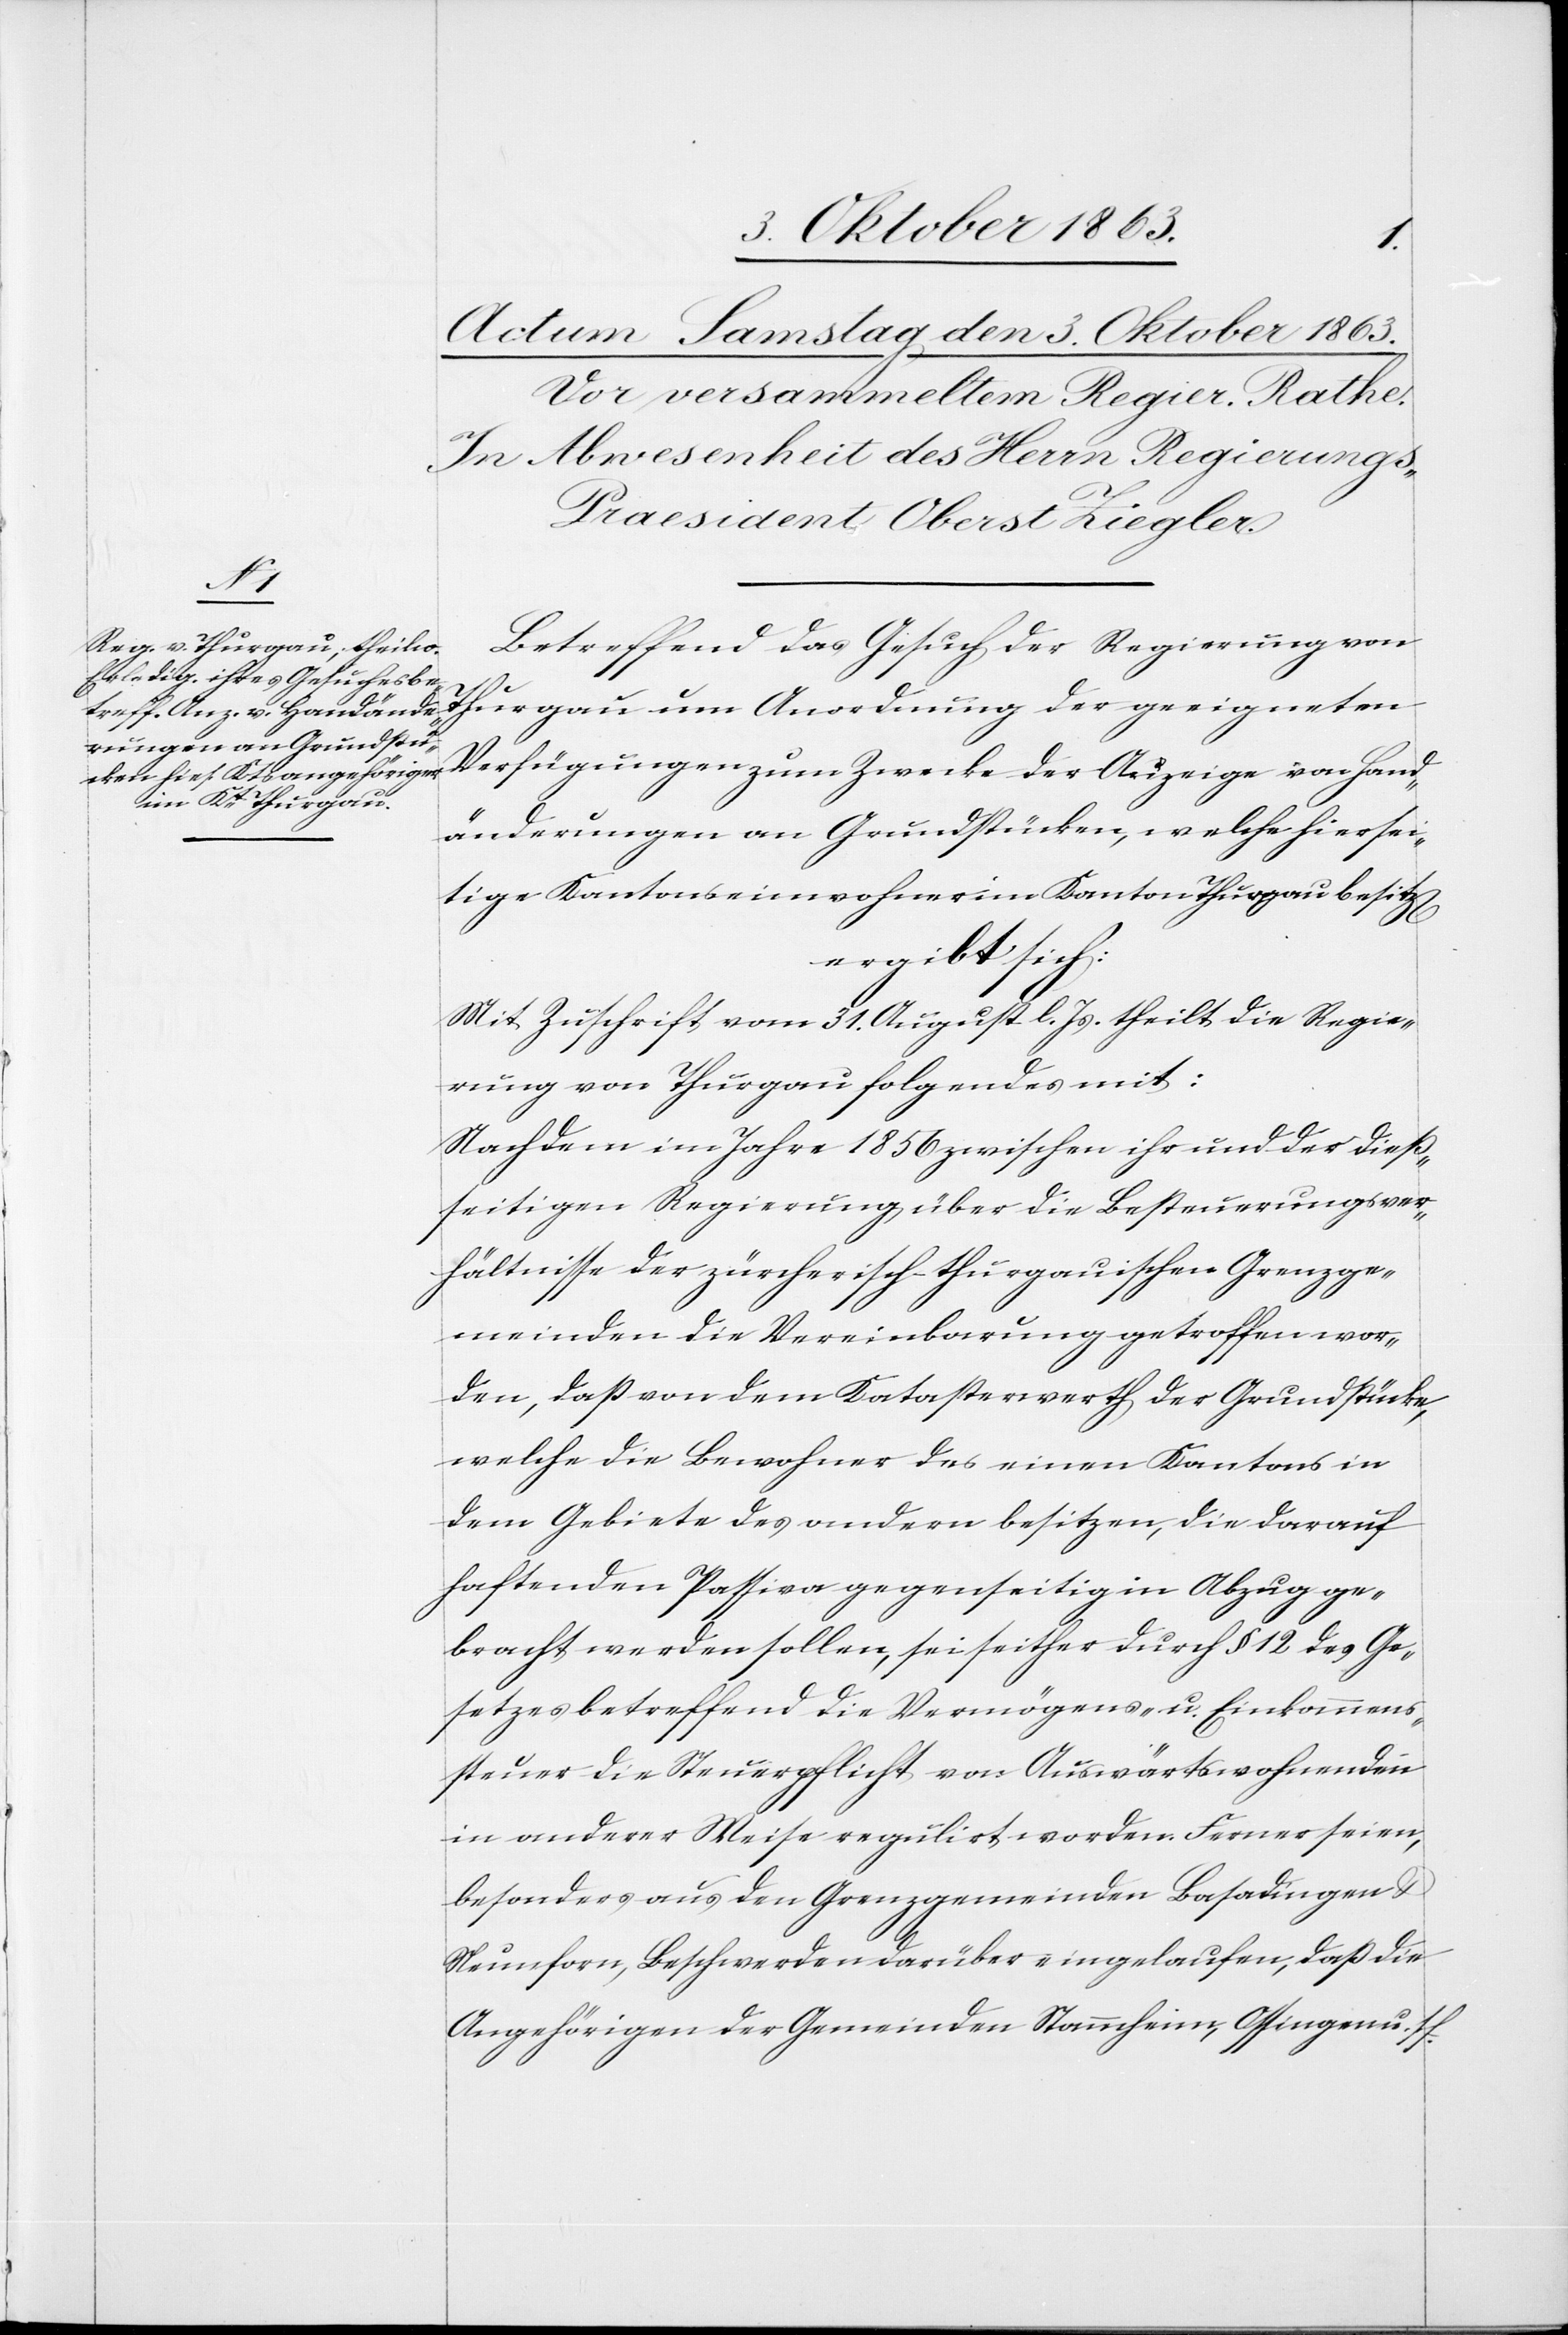
Betreffend das Gesuch der Regierung von
Thurgau um Anordnung der geeigneten
Verfügungen zum Zwecke der Anzeige von Hand¬
änderungen an Grundstücken, welche hiersei¬
tige Kantonseinwohner im Kanton Thurgau besitz[en]
ergibt sich:
Mit Zuschrift vom 31. August l. Js. theilt die Regie¬
rung von Thurgau folgendes mit:
Nachdem im Jahre 1856 zwischen ihr und der dieß¬
seitigen Regierung über die Besteuerungsver¬
hältnisse der zürcherisch-thurgauischen Grenzge¬
meinden die Vereinbarung getroffen wor¬
den, daß von dem Katasterwerth der Grundstücke,
welche die Bewohner des einen Kantons in
dem Gebiete des andern besitzen, die darauf
haftenden Passiva gegenseitig im Abzug ge¬
bracht werden sollen, sei seither durch § 12 des Ge¬
setzes betreffend die Vermögens- u. Einkommens¬
steuer die Steuerpflicht von Auswärtswohnenden
in anderer Weise regulirt worden. Ferner seien,
besonders aus den Grenzgemeinden Basadingen &
Neunforn, Beschwerde darüber eingelaufen, daß die
Angehörigen der Gemeinden Stammheim, Ossingen u. s f.